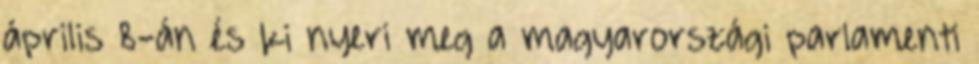
április 8-án és ki nyeri meg a magyarországi parlamenti